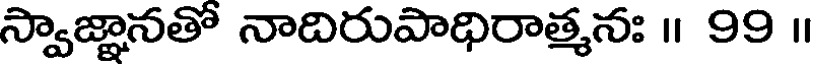
స్వాజ్ఞానతో నాదిరుపాధిరాత్మనః ॥ 99 ॥